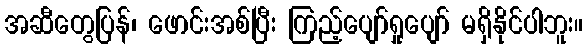
အဆီတွေပြန်၊ ဖောင်းအစ်ပြီး ကြည့်ပျော်ရှုပျော် မရှိနိုင်ပါဘူး။